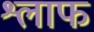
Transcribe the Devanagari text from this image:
श्लाफ